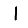
Digit: 1